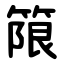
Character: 䈨